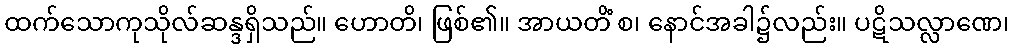
ထက်သောကုသိုလ်ဆန္ဒရှိသည်။ ဟောတိ၊ ဖြစ်၏။ အာယတိံ စ၊ နောင်အခါ၌လည်း။ ပဋိသလ္လာဏေ၊